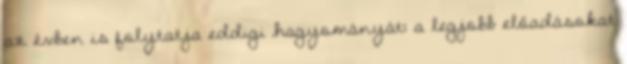
az évben is folytatja eddigi hagyományát: a legjobb előadásokat